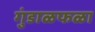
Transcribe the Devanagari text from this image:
गुंडाळफळा